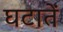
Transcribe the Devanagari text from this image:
घटातें